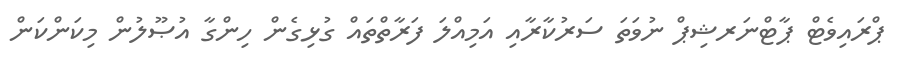
ޕްރައިވެޓް ޕާޓްނަރޝިޕް ނުވަތަ ސަރުކާރާއި އަމިއްލަ ފަރާތްތައް ގުޅިގެން ހިންގާ އުޞޫލުން މިކަންކަން